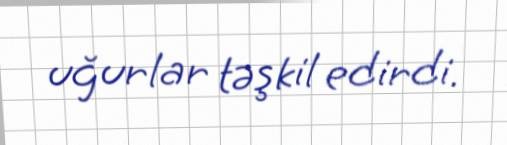
uğurlar təşkil edirdi.